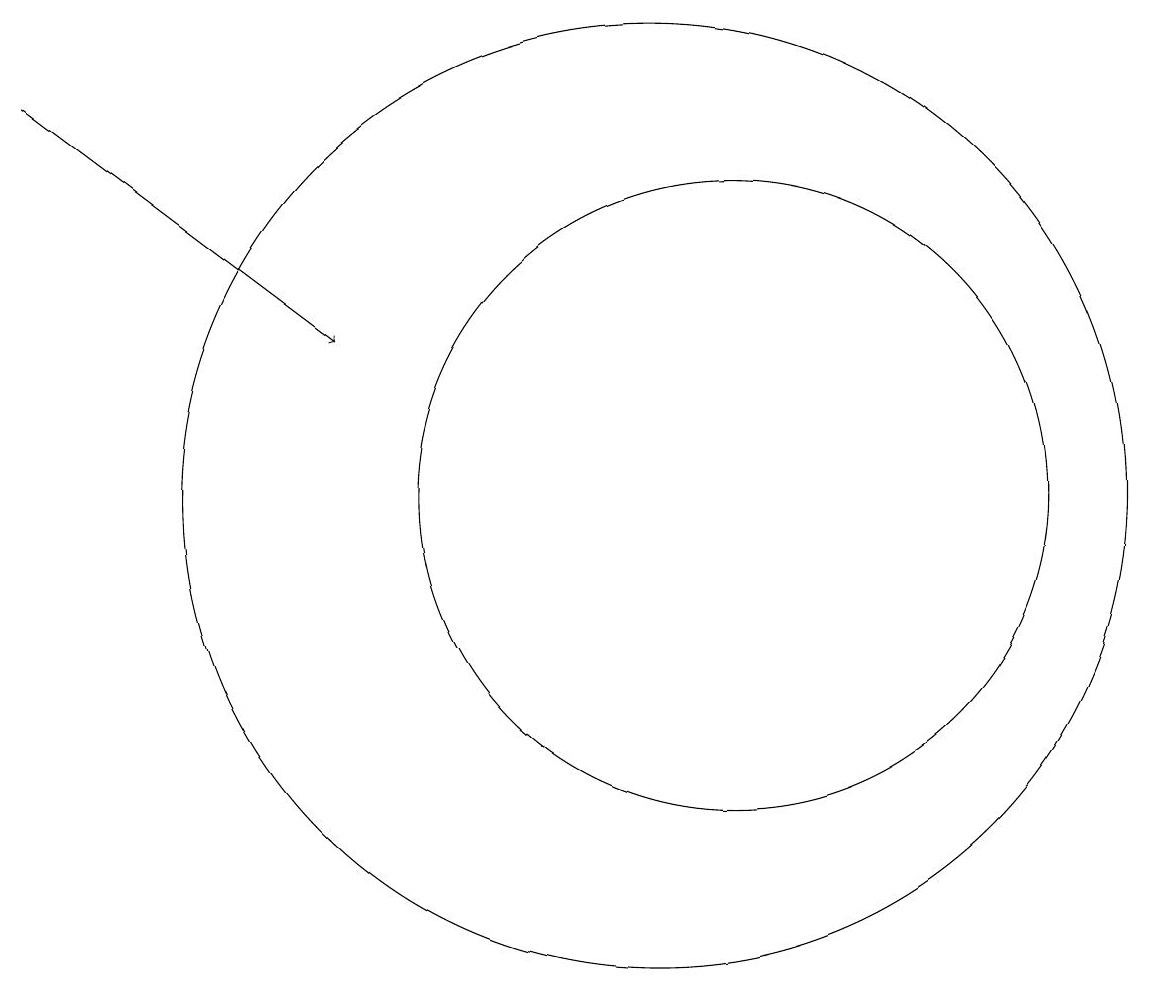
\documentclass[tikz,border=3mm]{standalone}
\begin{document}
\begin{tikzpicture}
\draw (11,11) circle (4);
\draw[->] (2,16) -- (6,13);
\draw (10,11) circle (6);
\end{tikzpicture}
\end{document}